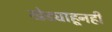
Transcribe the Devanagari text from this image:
खेड्याहूनही